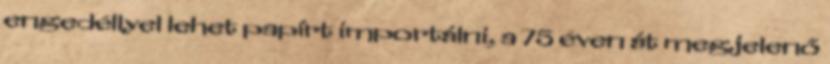
engedéllyel lehet papírt importálni, a 75 éven át megjelenő